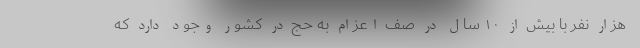
هزار نفر با بیش از ۱۰ سال در صف اعزام به حج در کشور وجود دارد که